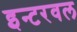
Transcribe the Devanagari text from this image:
इन्टरवल